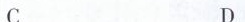
C D